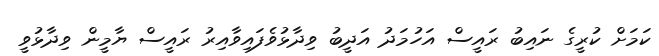
ކަމަށް ކުރީގެ ނައިބު ރައީސް އަހުމަދު އަދީބު ވިދާޅުވެފައިވާއިރު ރައީސް ޔާމީން ވިދާޅުވީ